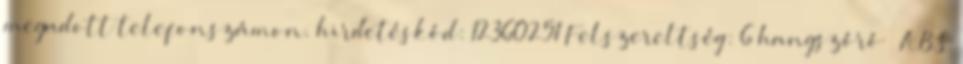
megadott telefonszámon. hirdetéskód: 12360251 Felszereltség: 6 hangszóró – ABS